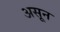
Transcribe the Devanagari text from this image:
असून